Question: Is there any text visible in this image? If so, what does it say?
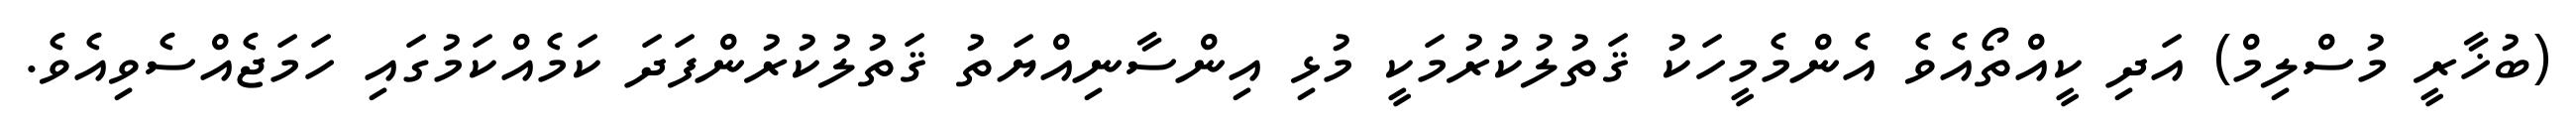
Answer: (ބުޚާރީ މުސްލިމް) އަދި ކީއްތޯއެވެ އެންމެމީހަކު ޤަތުލުކުރުމަކީ މުޅި އިންސާނިއްޔަތު ޤަތުލުކުރުންފަދަ ކަމެއްކަމުގައި ހަމަޖެއްސެވިއެވެ.